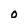
Character: o